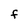
Character: f